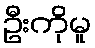
ဦးကိုမူ